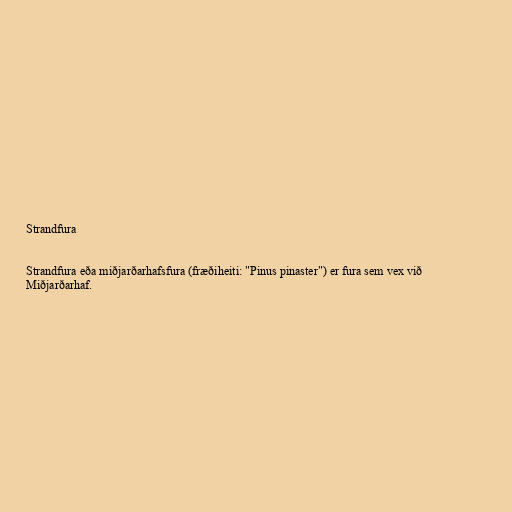
Strandfura

Strandfura eða miðjarðarhafsfura (fræðiheiti: "Pinus pinaster") er fura sem vex við
Miðjarðarhaf.